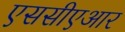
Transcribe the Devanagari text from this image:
एससीएआर